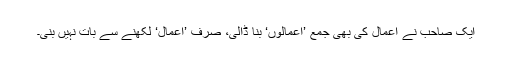
ایک صاحب نے اعمال کی بھی جمع ’اعمالوں‘ بنا ڈالی، صرف ’اعمال‘ لکھنے سے بات نہیں بنی۔